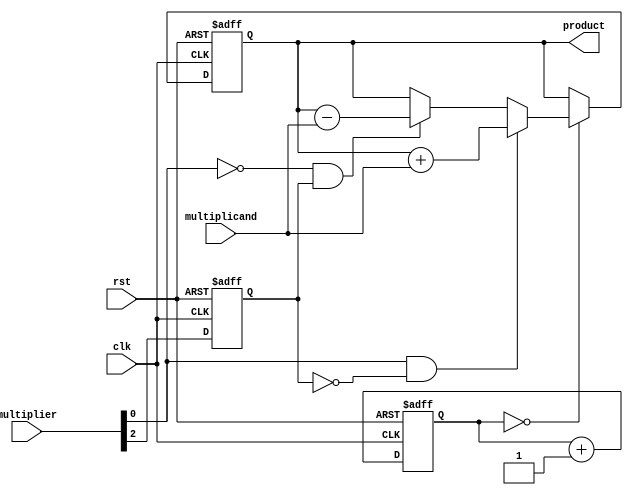
module booths_multiplier(
    input wire clk,
    input wire rst,
    input wire [3:0] multiplicand,
    input wire [3:0] multiplier,
    output wire [7:0] product
);

reg [7:0] accumulator;
reg [3:0] multiplier_reg;
reg [1:0] count;

always @(posedge clk or posedge rst) begin
    if (rst) begin
        accumulator <= 8'b0;
        multiplier_reg <= 4'b0;
        count <= 2'b0;
    end else begin
        // Booth's Algorithm Implementation
        if (count == 2'b00) begin
            if (multiplier[0] == 1 && multiplier_reg[0] == 0)
                accumulator <= accumulator + multiplicand;
            else if (multiplier[0] == 0 && multiplier_reg[0] == 1)
                accumulator <= accumulator - multiplicand;
        end
        
        // Right Shift
        {multiplier_reg, multiplier[3]} <= {multiplier_reg, multiplier[3:1]};
        count <= count + 1;
    end
end

assign product = accumulator;

endmodule